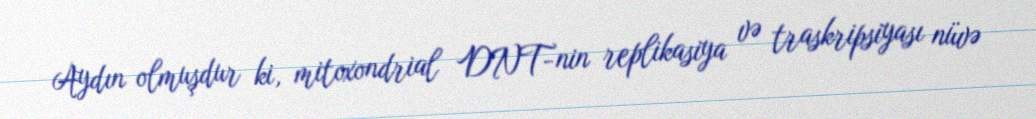
Aydın olmuşdur ki, mitoxondrial DNT-nin replikasiya və traskripsiyası nüvə